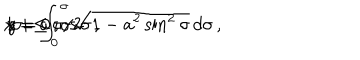
x = a \cos \sigma \, , \hspace { 0 . 5 c m } y = 0 \, , \hspace { 0 . 5 c m } z = \int _ { 0 } ^ { \sigma } \sqrt { 1 - a ^ { 2 } \sin ^ { 2 } \sigma } \, d \sigma \, , \hspace { 0 . 5 c m } | \sigma | \le \pi / 2 \, .